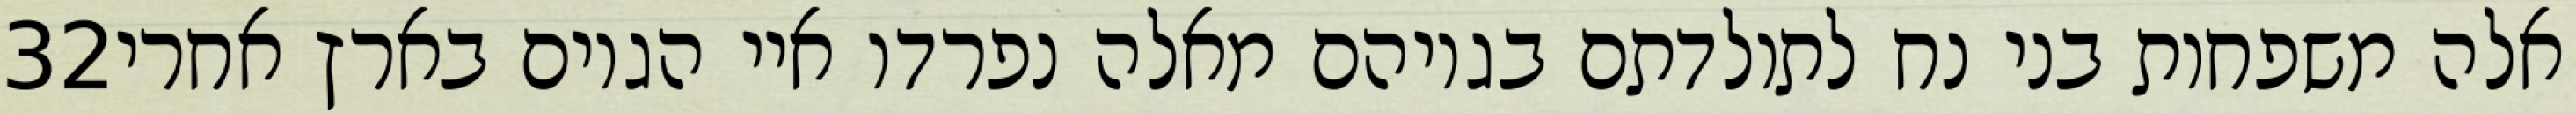
‎32‏ אלה משפחות בני נח לתולדתם בגויהם מאלה נפרדו איי הגוים בארץ אחרי